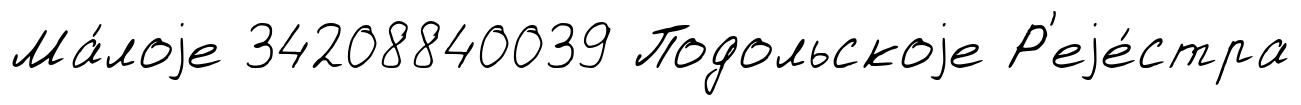
Ма́лоjе 34208840039 Подольскоjе Р'еjе́стра